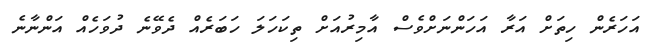
އަހަރެން ހިތަށް އަރާ އަހަންނަށްވެސް އާމިރުއަށް ތިކަހަލަ ހަބަރެއް ދެވޭނެ ދުވަހެއް އަންނާނެ